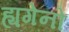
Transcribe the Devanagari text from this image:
ह्यगेनो